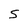
Character: S